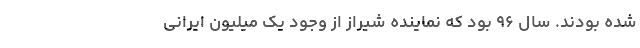
شده‌ بودند. سال ۹۶ بود که نماینده شیراز از وجود یک میلیون ایرانی